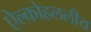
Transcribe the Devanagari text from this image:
ऐल्कोहललीय